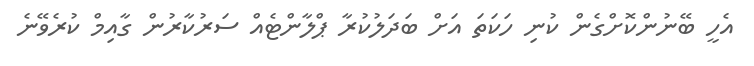
އެހީ ބޭނުންކޮށްގެން ކުނި ހަކަތަ އަށް ބަދަލުކުރާ ޕްލާންޓެއް ސަރުކާރުން ގާއިމް ކުރެވޭނެ